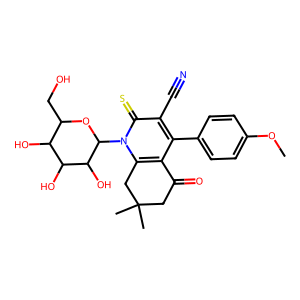
SMILES: COc1ccc(-c2c3c(n(C4OC(CO)C(O)C(O)C4O)c(=S)c2C#N)CC(C)(C)CC3=O)cc1
Inhibits HIV replication: No